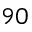
9 0